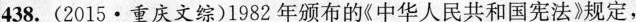
438.(2015·重庆文综)1982年颁布的《中华人民共和国宪法》规定，